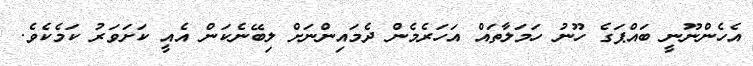
އެހެންނޫނީ ބައްޕަގެ ހޫނު ހަމަލާތައް އަހަރެމެން ދެމައިންނަށް ލިބޭނެކަން އެއީ ކަށަވަރު ކަމެކެވެ.